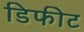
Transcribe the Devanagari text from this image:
डिफीट